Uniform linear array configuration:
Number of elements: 32
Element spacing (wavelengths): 0.25
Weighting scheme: exponential
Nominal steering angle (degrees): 30
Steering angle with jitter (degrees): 28.748
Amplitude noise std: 0.05
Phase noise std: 0.05

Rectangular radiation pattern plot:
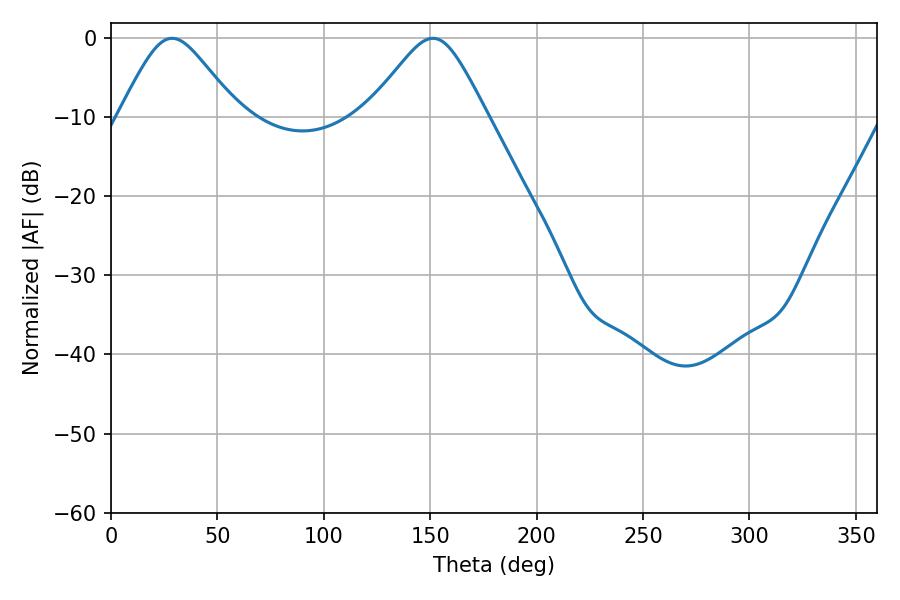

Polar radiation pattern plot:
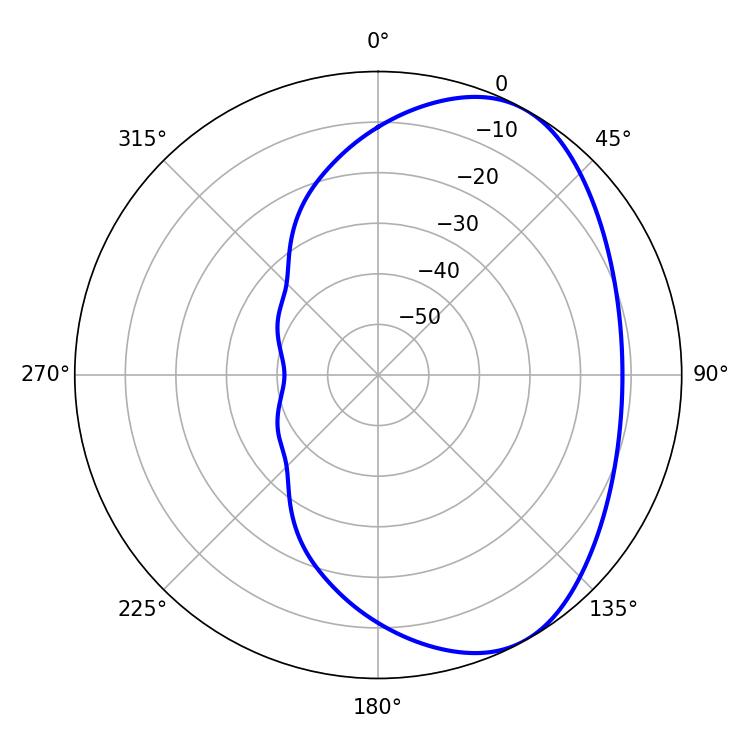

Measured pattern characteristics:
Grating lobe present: FALSE
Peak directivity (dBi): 5.149
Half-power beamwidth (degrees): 27
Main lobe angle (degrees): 28.8